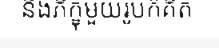
នឹងភិក្ខុមួយរូបក៏គិត